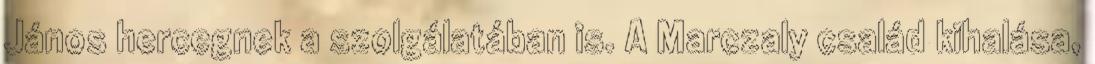
János hercegnek a szolgálatában is. A Marczaly család kihalása,